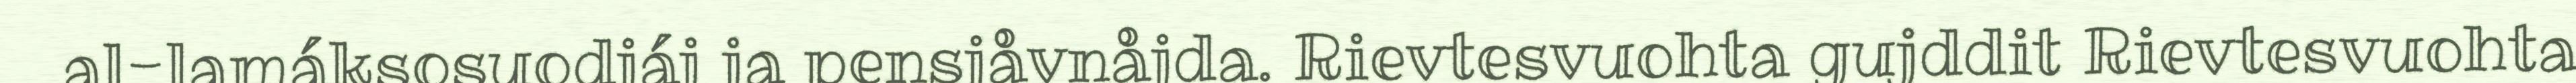
al-lamáksosuodjáj ja pensjåvnåjda. Rievtesvuohta gujddit Rievtesvuohta